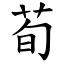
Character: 荀